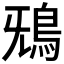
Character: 𩿑